Civil Veterinary Department Bengal reports 1933-51 - 1933-1951
Year: 1933
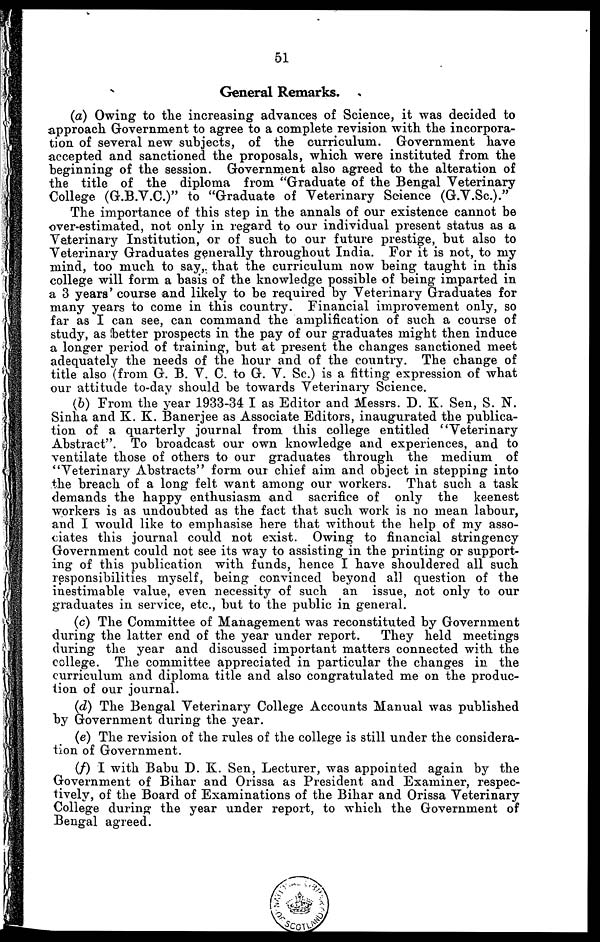
51
General Remarks.
(a) Owing to the increasing advances of Science, it was decided to
approach Government to agree to a complete revision with the incorpora-
tion of several new subjects, of the curriculum. Government have
accepted and sanctioned the proposals, which were instituted from the
beginning of the session. Government also agreed to the alteration of
the title of the diploma from "Graduate of the Bengal Veterinary
College (G.B.V.C.)" to "Graduate of Veterinary Science (G.V.Sc.)."
The importance of this step in the annals of our existence cannot be
over-estimated, not only in regard to our individual present status as a
Veterinary Institution, or of such to our future prestige, but also to
Veterinary Graduates generally throughout India. For it is not, to my
mind, too much to say, that the curriculum now being taught in this
college will form a basis of the knowledge possible of being imparted in
a 3 years' course and likely to be required by Veterinary Graduates for
many years to come in this country. Financial improvement only, so
far as I can see, can command the amplification of such a course of
study, as better prospects in the pay of our graduates might then induce
a longer period of training, but at present the changes sanctioned meet
adequately the needs of the hour and of the country. The change of
title also (from G. B. V. C. to G. V. Sc.) is a fitting expression of what
our attitude to-day should be towards Veterinary Science.
(6) From the year 1933-34 I as Editor and Messrs. D. K. Sen, S.N.
Sinha and K. K. Banerjee as Associate Editors, inaugurated the publica-
tion of a quarterly journal from this college entitled "Veterinary
Abstract". To broadcast our own knowledge and experiences, and to
ventilate those of others to our graduates through the medium of
"Veterinary Abstracts" form our chief aim and object in stepping into
the breach of a long felt want among our workers. That such a task
demands the happy enthusiasm and sacrifice of only the keenest
workers is as undoubted as the fact that such work is no mean labour,
and I would like to emphasise here that without the help of my asso-
ciates this journal could not exist. Owing to financial stringency
Government could not see its way to assisting in the printing or support-
ing of this publication with funds, hence I have shouldered all such
responsibilities myself, being convinced beyond all question of the
inestimable value, even necessity of such an issue, not only to our
graduates in service, etc., but to the public in general.
(c) The Committee of Management was reconstituted by Government
during the latter end of the year under report.
They held meetings
during the year and discussed important matters connected with the
college. The committee appreciated in particular the changes in the
curriculum and diploma title and also congratulated me on the produc-
tion of our journal.
(d) The Bengal Veterinary College Accounts Manual was published
by Government during the year.
(e) The revision of the rules of the college is still under the considera-
tion of Government.
(f) I with Babu D. K. Sen, Lecturer, was appointed again by the
Government of Bihar and Orissa as President and Examiner, respec-
tively, of the Board of Examinations of the Bihar and Orissa Veterinary
College during the year under report, to which the Government of
Bengal agreed.